Trukikaitis_Postimees, lk 27
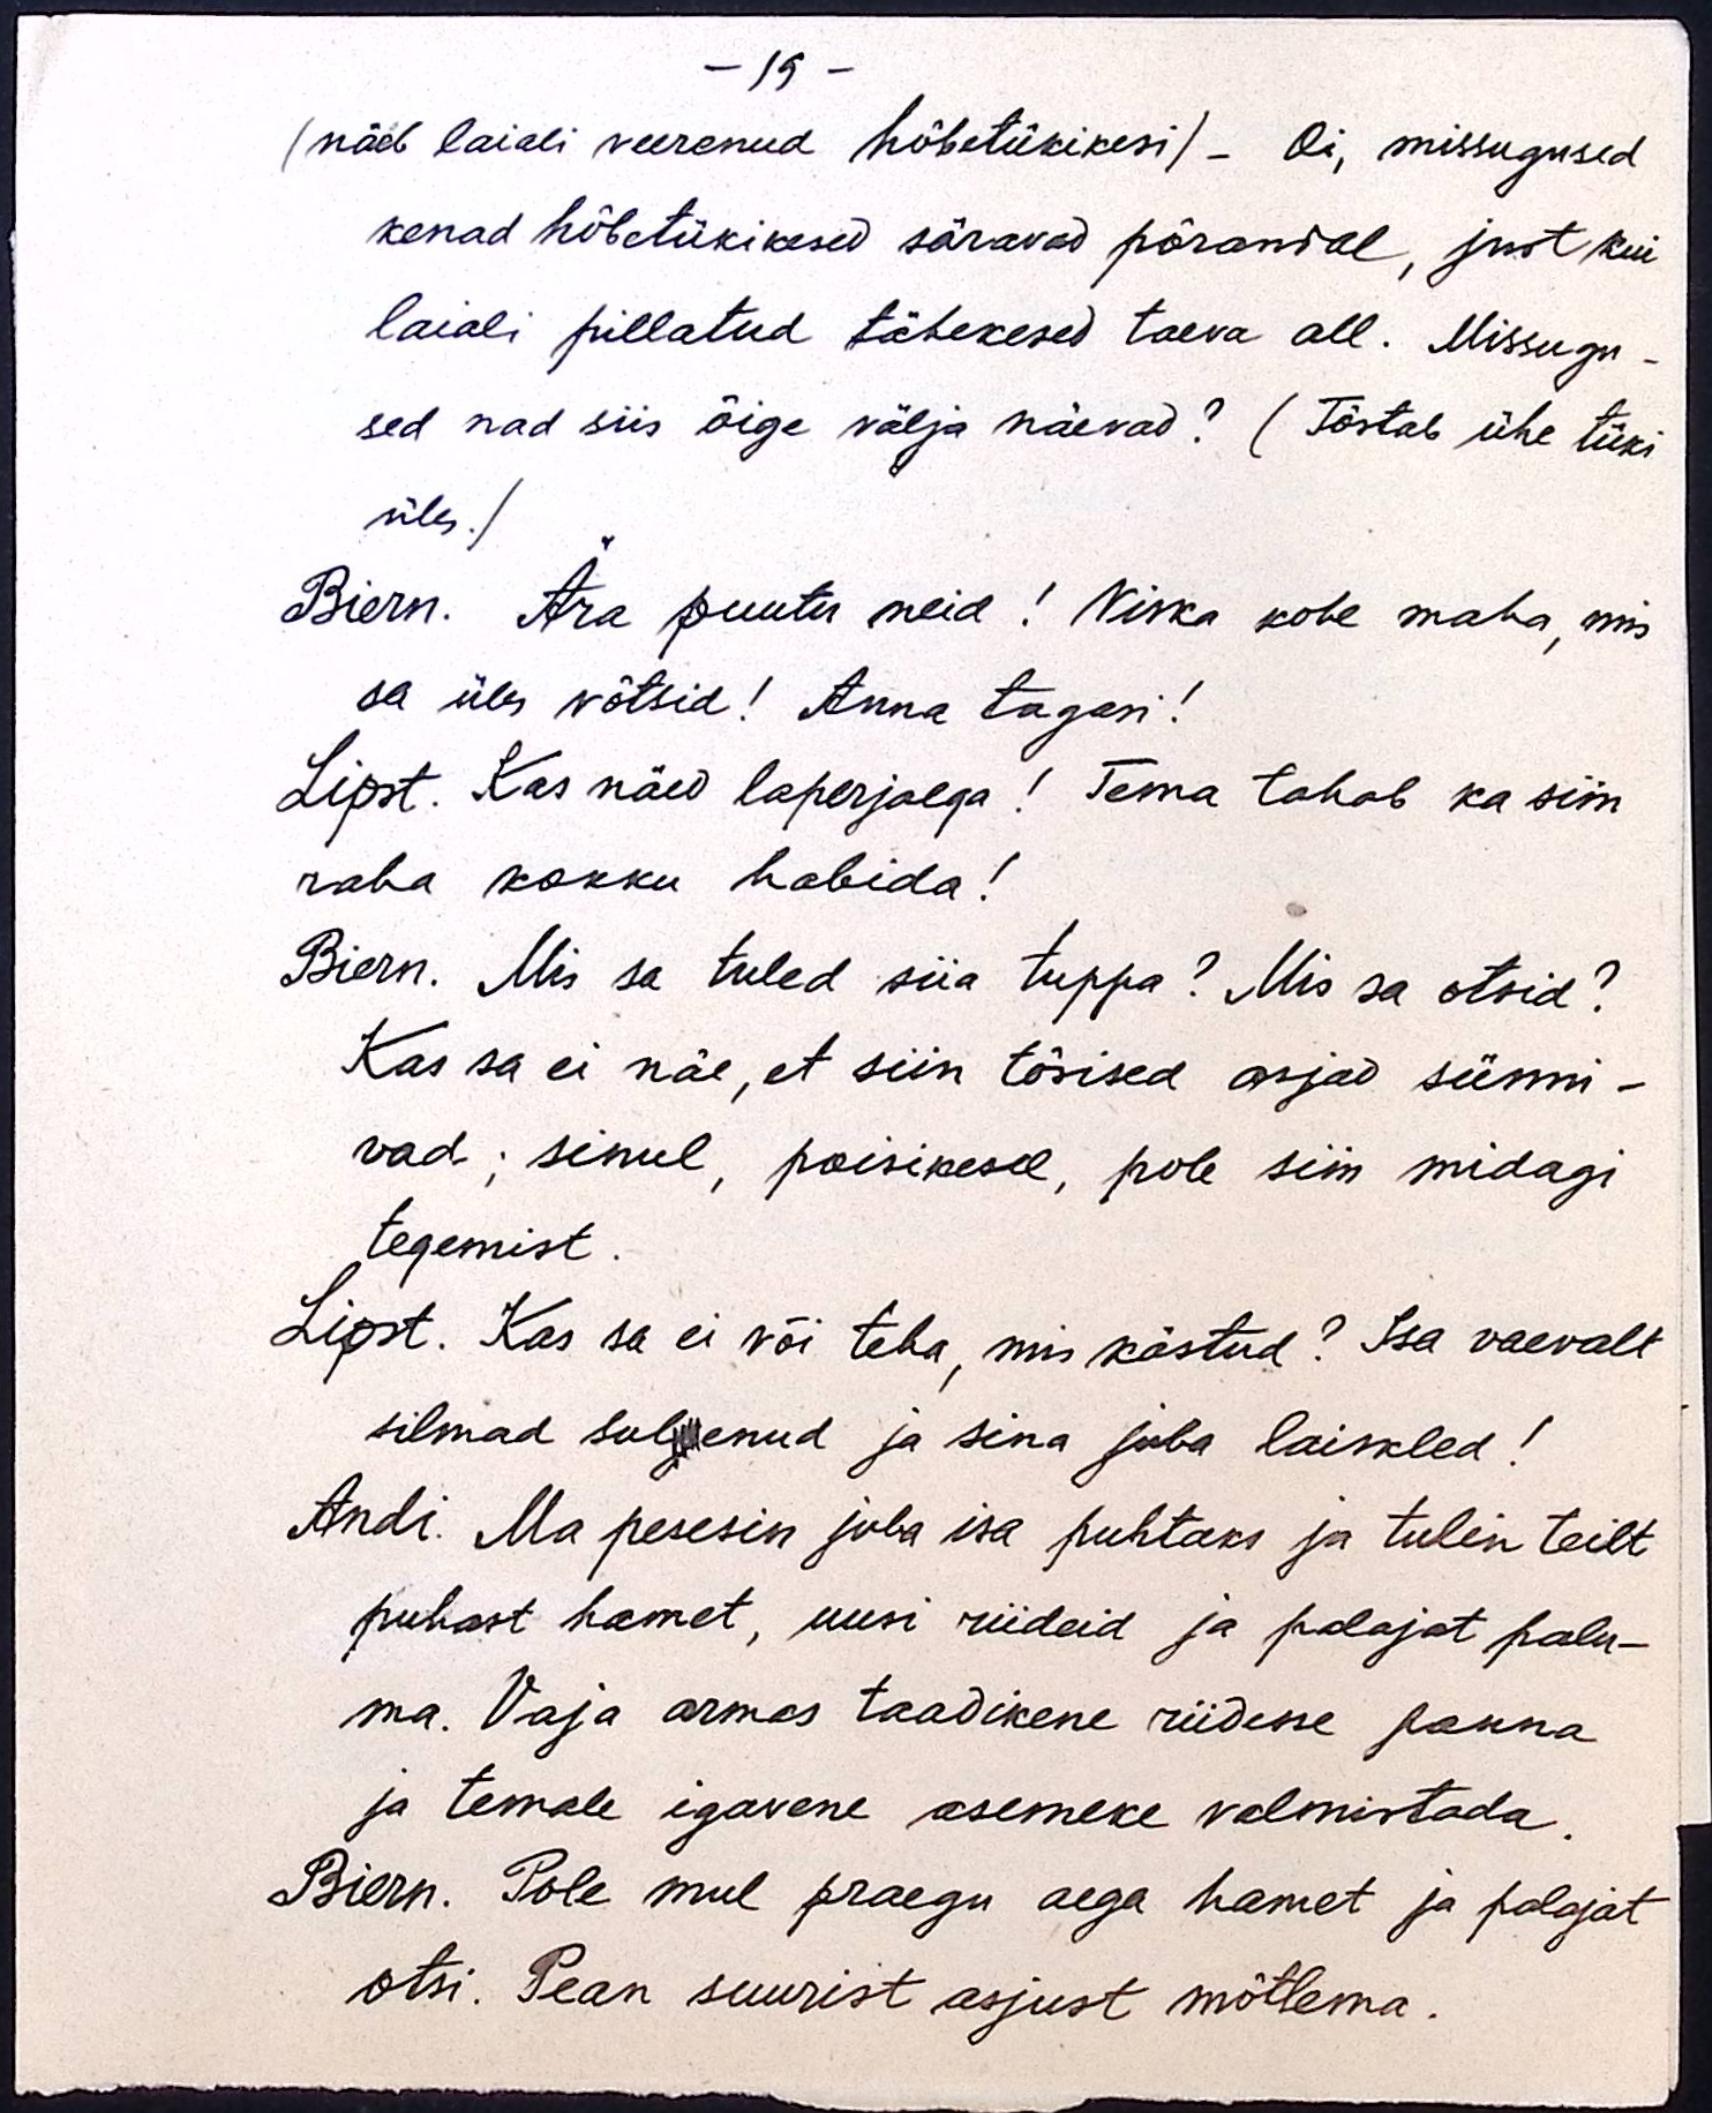
- 19 -
(näeb laiali veerenud hõbetükikesi) - Oi, missugused
kenad hõbetükikesed säravad põrandal, just kui
laiali pillatud tähekesed taeva all. Missugu-
sed nad siis õige välja näevad? (Tõstab ühe tüki
üles.)
Biern. Ära puutu neid! Viska kohe maha, mis
sa üles võtsid! Anna tagasi!
Lipst. Kas näed laperjalga! Tema tahab ka siin
raha kokku habida!
Biern. Mis sa tuled siia tuppa? Mis sa otsid?
Kas sa ei näe, et siin tõsised asjad sünni-
vad; sinul, poisikesel, pole siin midagi
tegemist.
Lipst. Kas sa ei või teha, mis kästud? Isa vaevalt
silmad sulgenud ja sina juba laiskled!
Andi. Ma pesesin juba isa puhtaks ja tulin teilt
puhast hamet, uusi riideid ja palajat palu-
ma. Vaja armas taadikene riidesse panna
ja temale igavene asemeke valmistada.
Biern. Pole mul praegu aega hamet ja palajat
otsi. Pean suurist asjust mõtlema.